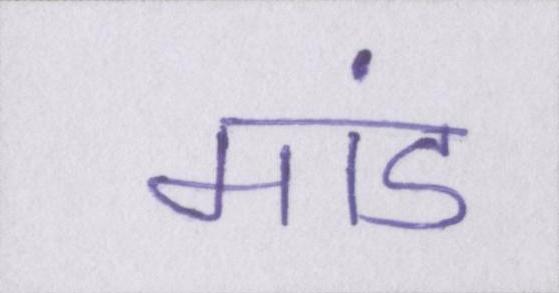
मांड